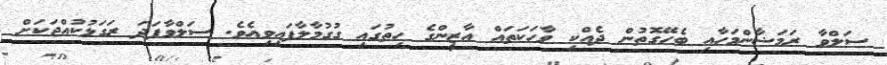
ސަލްވާ ރަމަޟާންމަހާއި ބެހޭގޮތުން ދެއްކި ވާހަކަތައް އާޒީންގެ ހިތުގައި ގުގުމާލާފައިވިއެވެ. ސަލްވާފަދަ ރަގަޅުކުއްޖަކަށް